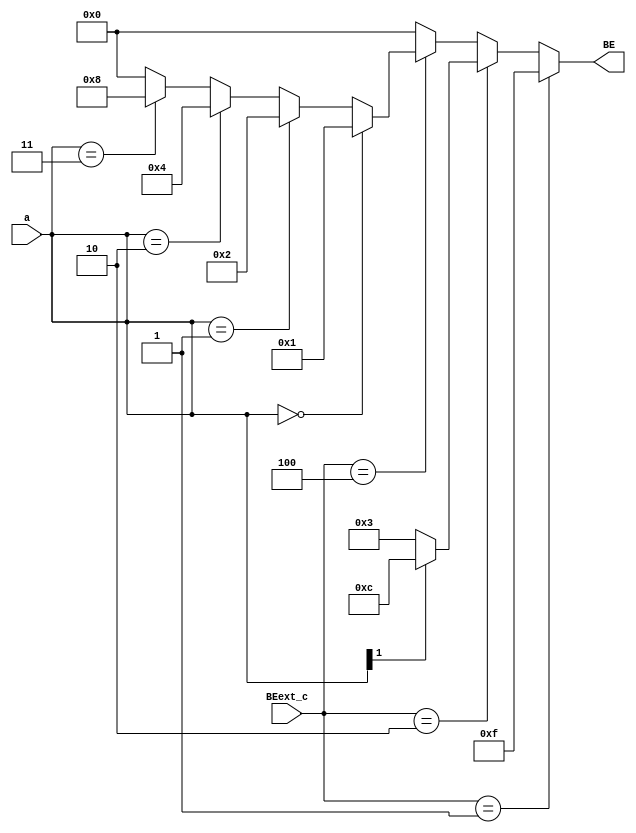
`timescale 1ns / 1ps
//////////////////////////////////////////////////////////////////////////////////
// Company: 
// Engineer: 
// 
// Design Name: 
// Module Name:    BEext 
// Project Name: 
// Target Devices: 
// Tool versions: 
// Description: 
//
// Dependencies: 
//
// Revision: 
// Revision 0.01 - File Created
// Additional Comments: 
//
//////////////////////////////////////////////////////////////////////////////////
module BEext(
    input [1:0] a,
	 input [2:0] BEext_c,
	 output[3:0] BE
    );
    
	 assign BE= (BEext_c==3'b001)?4'b1111:///sw
	            (BEext_c==3'b010)?((a[1]==1'b1)?4'b1100:4'b0011):///sh
					(BEext_c==3'b100)?((a==2'b00)?4'b0001:
					                   (a==2'b01)?4'b0010:
											 (a==2'b10)?4'b0100:
											 (a==2'b11)?4'b1000:4'b0000):4'b0000;
											 
										
  
endmodule